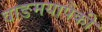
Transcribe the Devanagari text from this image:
वाङमयापैकी